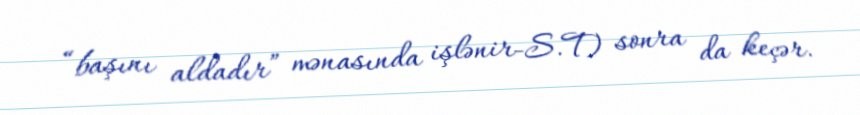
“başını aldadır” mənasında işlənir-S.T) sonra da keçər.